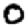
Digit: 0